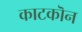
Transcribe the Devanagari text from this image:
काटकॊन